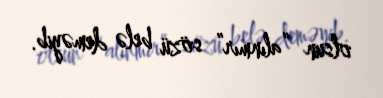
olsun “alınmır” sözü belə deməyib.